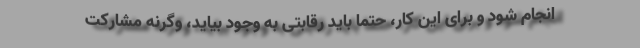
انجام شود و برای این کار، حتما باید رقابتی به وجود بیاید، وگرنه مشارکت